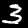
Label: 3